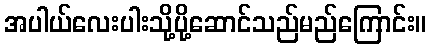
အပါယ်လေးပါးသို့ပို့ဆောင်သည်မည်ကြောင်း။